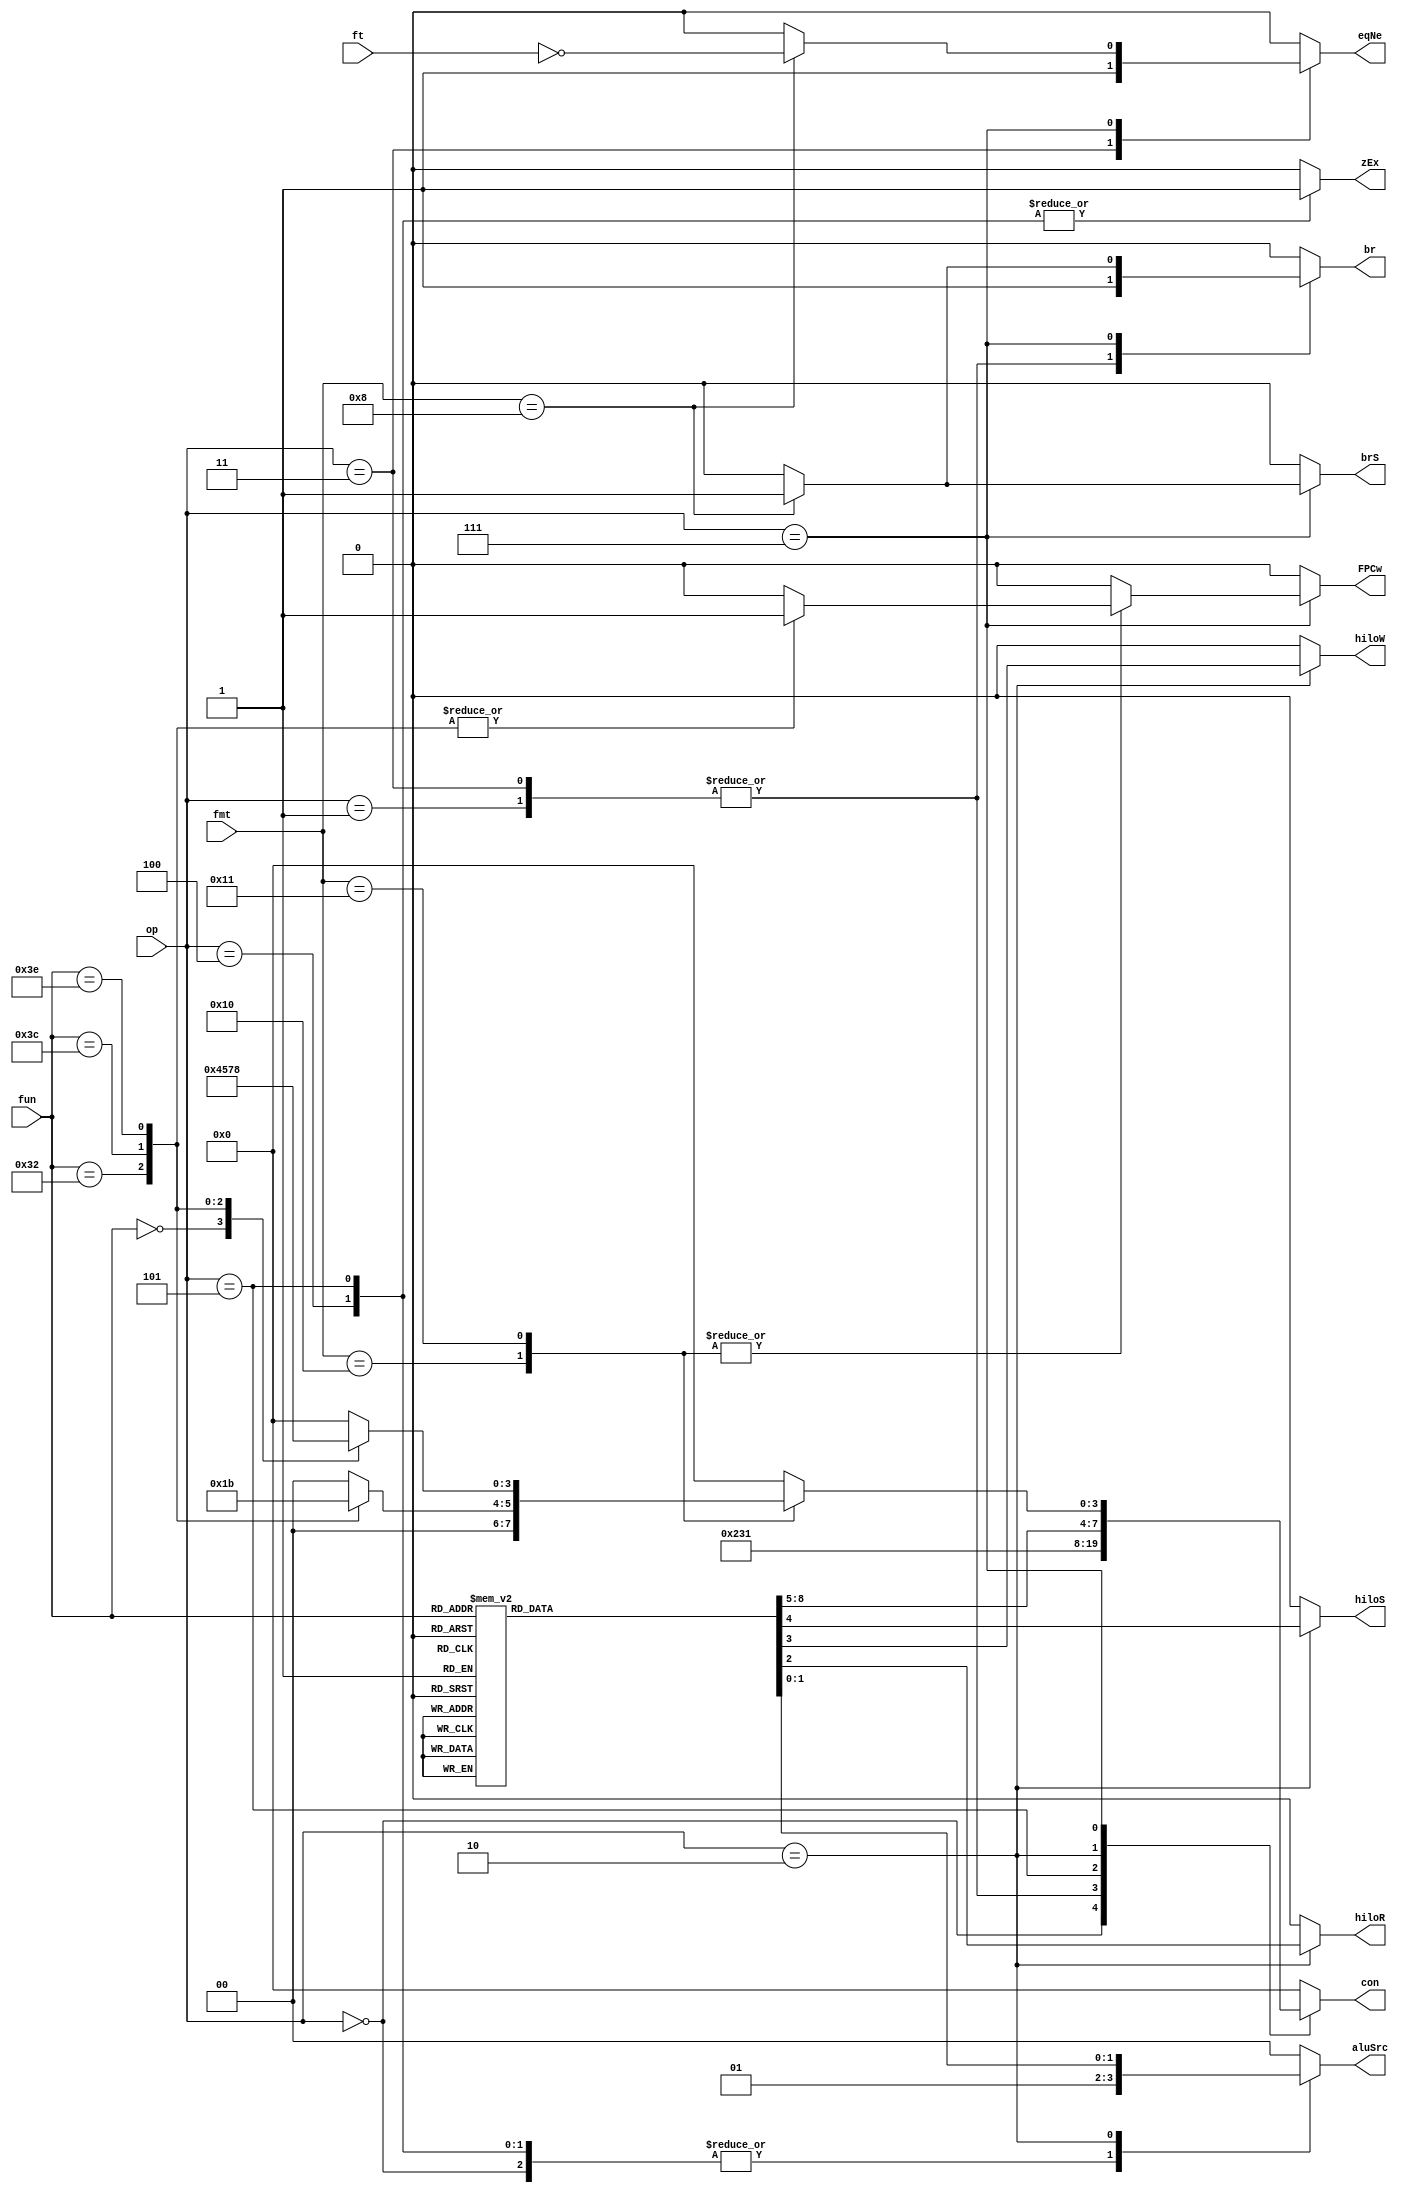
/* Control Signals
0000 AND | Single Float Add 
0001 OR | Single Float Compare eq
0010 Addition | Single Float Compare lt
0011 Unsigned Subtraction | Single Float Compare le
0100 Set Less Than | Double Float Add 
0101 Set Less Than Unsigned | Double Float Compare eq
0111 NOR | Double Float Compare lt
1000 Shift Left | Double Float Compare le
1001 Shift Right
1010 Shift Right Logical
1011 Signed Subtraction
1100 Unsigned Multiply 
1101 Unsigned Divide 
1110 Signed Multiply 
1111 Signed Divide 
*/

module ALUControlUnit(op, fun, fmt, ft,
 br, eqNe, brS, aluSrc, hiloR, hiloW,
con, hiloS, FPCw, zEx);
    input [2:0] op; // From Control Unit
    input [5:0] fun; // From Instruction
    input [4:0] fmt; // From Instruction
    input ft; //For Branch on FP instructions

    output br; // Branch Instruction
    output eqNe; // Branch is Equal or Not Equal / FP True or False
    output brS; // Branch source (Integer branch or Float branch)
    output [1:0] aluSrc; //selects ALU source
    output hiloR; // Reads from HI/LO (Sends values to MEM stage)
    output hiloW; //Writes to HI/LO Registers
    output [3:0] con; // ALU Control Code
    output hiloS; // Selects HI or LO register
    output FPCw; //Write to FPC register
    output zEx; // Sets Zero Extend for immediate value

    reg br, eqNe, brS, hiloR, hiloW, hiloS, FPCw, zEx;
    reg [1:0] aluSrc;
    reg [3:0] con;
    

    always@(*) begin
        br = 0; eqNe = 0; brS = 0; aluSrc = 0; hiloR = 0; hiloW = 0;
        con = 0; hiloS = 0; FPCw = 0; zEx = 0;

        case (op)
        3'b000: begin    // Loads / Stores / LoadFP & StoreFP (Single & Double) /  Add Immediate / Addiu (for now)-> Addition, ALU 2nd source is Im
            con = 4'b0010; 
            aluSrc = 2'b01; // Select immediate value
        end 

        3'b001: begin   // beq -> br , Unsigned Subtraction
            br = 1;
            con = 4'b0011;  
        end
        3'b011: begin  // bne -> br, eqNe, Unsigned Subtraction
            br = 1;
            eqNe = 1;
            con = 4'b0011;  
        end
        3'b100: begin  // And Immediate -> And operation, Alu 2nd src is Immediate, Immediate is zero extended
            con = 4'b0000;
            aluSrc = 2'b01; // Select immediate value
            zEx = 1; //Zero extension
        end

        3'b101: begin  // Or Immediate -> Or operation, Alu 2nd src is Immediate, Immediate is zero extended
            con = 4'b0001;
            aluSrc = 2'b01; // Select immediate value
            zEx = 1; //Zero extension
        end

        3'b010: begin // Integers R-Type Ins.
            case (fun)
            6'b100000: con = 4'b0010;  // R Add -> Addition
            6'b010100: con = 4'b0000; // R And -> And
            6'b100001: begin    // R Load Word New -> Addition and ALU 2nd source is Rd
                con = 4'b0010; 
                aluSrc = 2'b10; // Rd to ALU
            end
            6'b010011:begin     // R Store Word New -> Addition and ALU 2nd source is Rd
                con = 4'b0010;
                aluSrc = 2'b10; // Rd to ALU
            end 
            6'b100111: con = 4'b0111; // R Nor -> NOR
            6'b100101: con = 4'b0001; // R or -> OR
            6'b101010: con = 4'b0100; // R slt -> slt
            6'b101011: con = 4'b0101; // R sltu -> sltu
            6'b000000: con = 4'b1000; // R sll -> sll
            6'b000010: con = 4'b1001; // R srl -> srl
            6'b000011: con = 4'b1010; // R sra -> sra
            6'b100100: con = 4'b1011; // R Signed Sub -> Signed Sub
            6'b100010: con = 4'b0011; // R Unsigned Sub -> Unsigned Sub
            6'b011010: begin    // R Divide -> Signed Divide and write to HI/LO
                con = 4'b1111; 
                hiloW = 1; // Write to HI/LO Registers
            end
            6'b011011: begin  // R Unsigned Divide -> Unsigned Divide and write to HI/LO
                con = 4'b1101; 
                hiloW = 1; // Write to HI/LO Registers
            end
            6'b011000: begin // R Multiply -> Signed Mult. and Write to HI/LO
                con = 4'b1110;
                hiloW = 1; // Write to HI/LO Registers
            end 
            6'b011001: begin // R Unsigned Multiply -> Unsigned Mult. and Write to HI/LO
                con = 4'b1100;
                hiloW = 1; // Write to HI/LO Registers
            end
            6'b010000: begin // R Move from HI -> Read from HI/LO and Select HI
                hiloR = 1; // Pass value from HILO instead of ALU
                hiloS = 1; // Select HI register
            end
            6'b010010: begin // R Move from LO -> Read from HI/LO and Select LO
                hiloR = 1; // Pass value from HILO instead of ALU
                hiloS = 0; // Select LO register
            end
            
            endcase
        end

        3'b111: begin // FLoat R Instructions 
            case (fmt)
            6'b01000: begin // Branch on FP -> br, brS
                br = 1;
                brS = 1;
                eqNe = ~ft; // bc1t/bc1f
            end

            6'b10000: begin // Single Float Arithmetic
                case (fun)
                6'b000000: con = 4'b0000; // Add Single Float

                6'b110010: begin //  Single Float Compare eq
                    FPCw = 1;
                    con = 4'b0001;
                end

                6'b111100: begin //  Single Float Compare lt
                    FPCw = 1;
                    con = 4'b0010;
                end
                
                6'b111110: begin //  Single Float Compare le
                    FPCw = 1;
                    con = 4'b0011;
                end

                endcase
            end

            6'b10001: begin // Double Float Arithmetic

                case (fun)
                6'b000000: con = 4'b0100; // Add Double Float

                6'b110010: begin //  Double Float Compare eq
                    FPCw = 1;
                    con = 4'b0101;
                end

                6'b111100: begin //  Double Float Compare lt
                    FPCw = 1;
                    con = 4'b0111;
                end
                
                6'b111110: begin //  Double Float Compare le
                    FPCw = 1;
                    con = 4'b1000;
                end

                endcase                
            
            
            end

            endcase

        end



        endcase

    end

endmodule